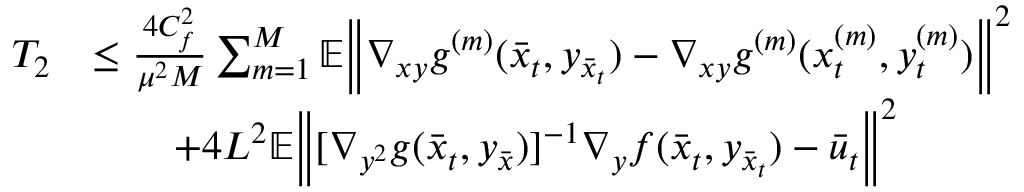
\begin{array} { r l } { T _ { 2 } } & { \leq \frac { 4 C _ { f } ^ { 2 } } { \mu ^ { 2 } M } \sum _ { m = 1 } ^ { M } \mathbb { E } \bigg \| \nabla _ { x y } g ^ { ( m ) } ( \bar { x } _ { t } , y _ { \bar { x } _ { t } } ) - \nabla _ { x y } g ^ { ( m ) } ( x _ { t } ^ { ( m ) } , y _ { t } ^ { ( m ) } ) \bigg \| ^ { 2 } } \\ & { \qquad + 4 L ^ { 2 } \mathbb { E } \bigg \| [ \nabla _ { y ^ { 2 } } g ( \bar { x } _ { t } , y _ { \bar { x } } ) ] ^ { - 1 } \nabla _ { y } f ( \bar { x } _ { t } , y _ { \bar { x } _ { t } } ) - \bar { u } _ { t } \bigg \| ^ { 2 } } \end{array}